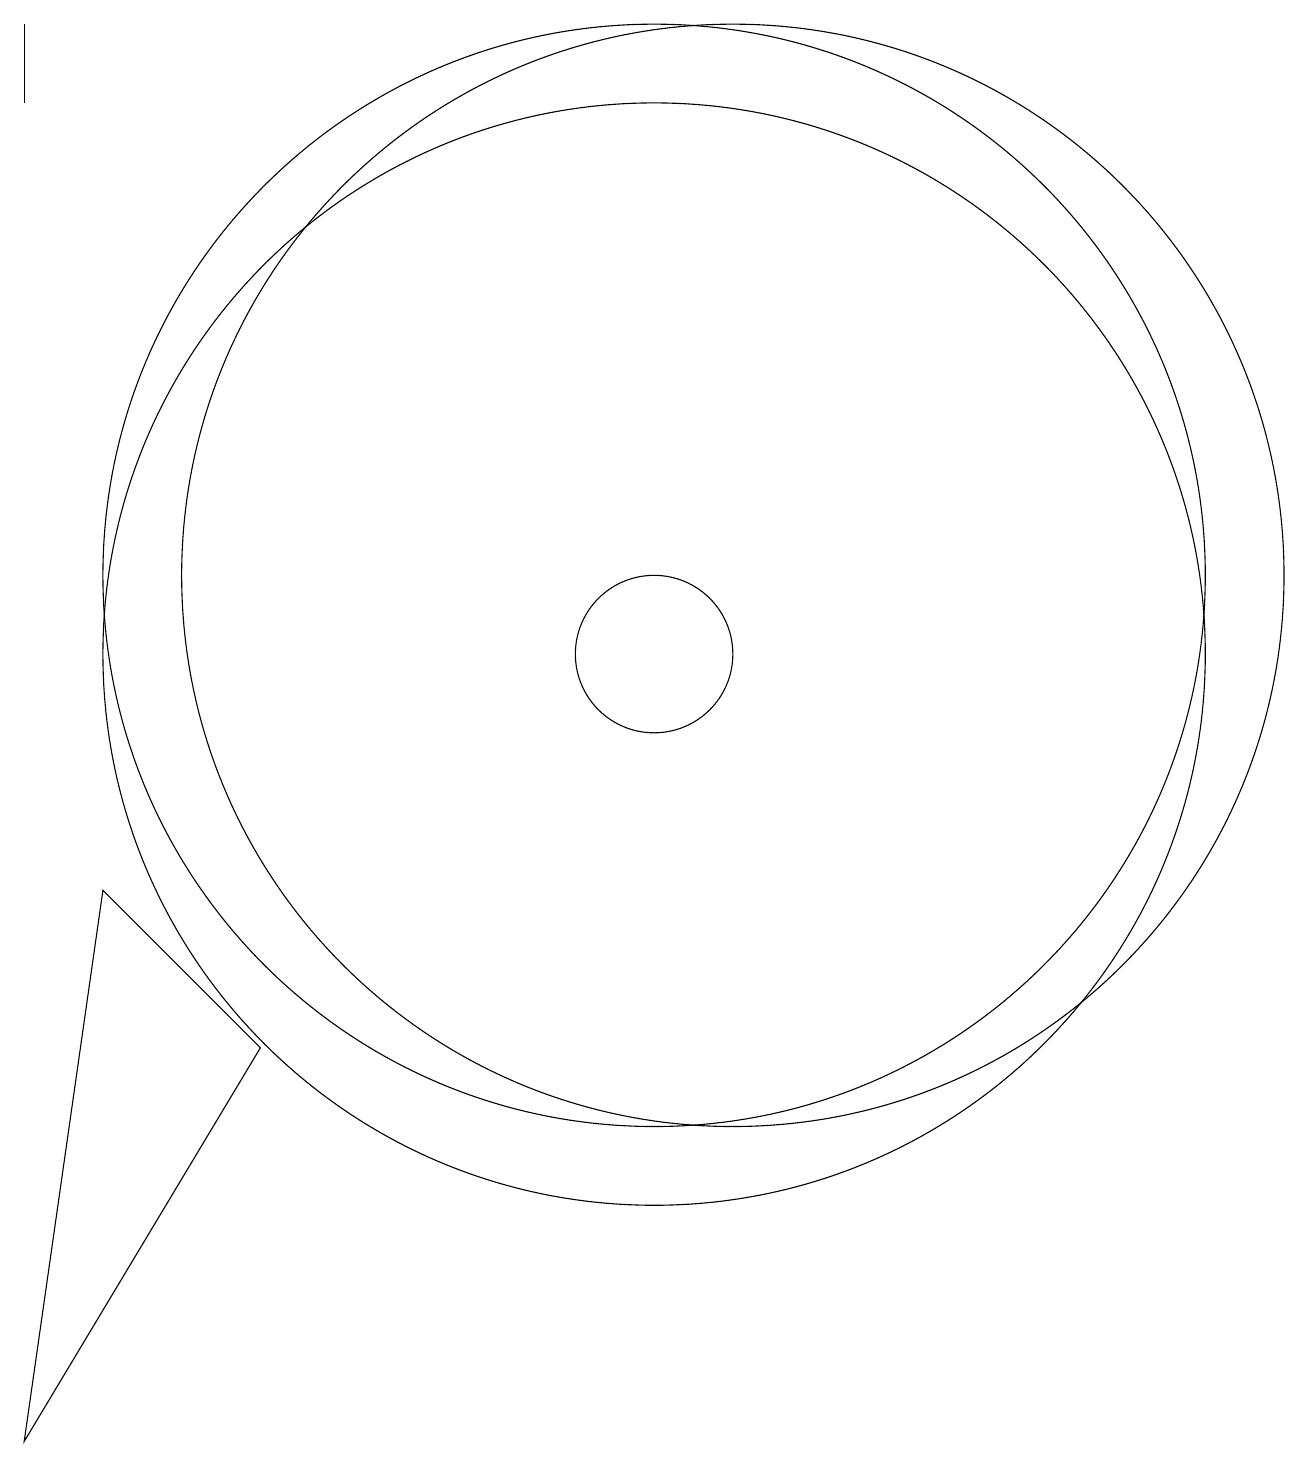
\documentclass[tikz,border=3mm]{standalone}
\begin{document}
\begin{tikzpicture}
\draw (6,6) -- (4,8) -- (3,1) -- cycle;
\draw (11,11) circle (7);
\draw (3,18) rectangle (3,19);
\draw (11,11) circle (1);
\draw (11,12) circle (7);
\draw (12,12) circle (7);
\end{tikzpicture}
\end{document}